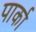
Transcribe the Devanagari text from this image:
पार्का